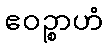
ဧဝဉ္စာဟံ